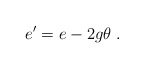
\begin{align*}e^\prime = e - 2g \theta \; .\end{align*}